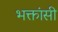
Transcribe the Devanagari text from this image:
भक्तांसी